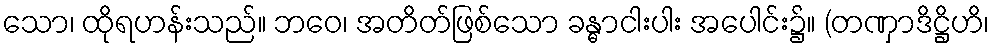
သော၊ ထိုရဟန်းသည်။ ဘဝေ၊ အတိတ်ဖြစ်သော ခန္ဓာငါးပါး အပေါင်း၌။ (တဏှာဒိဋ္ဌိဟိ၊